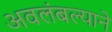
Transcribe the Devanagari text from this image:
अवलंबल्याने